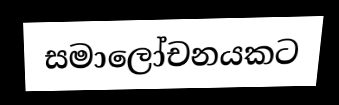
සමාලෝචනයකට